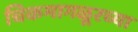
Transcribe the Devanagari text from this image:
चिकमागळूरच्या